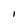
Character: l